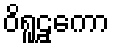
ဝိရူဠှကော